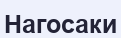
Нагосаки